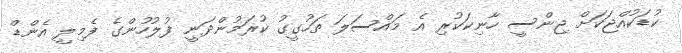
ކުޑަކުއްޖަކަށް ޖިންސީ ހާނިކަކުރި އެ މައްސަލަ ތަހުގީގު ކުރަމުންދަނީ ފުލުހުންގެ ފެމިލީ އެންޑް